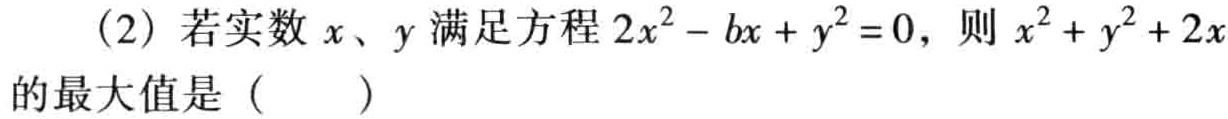
(2) 若实数 \(x\)、\(y\) 满足方程 \(2x^{2}-bx + y^{2}=0\)，则 \(x^{2}+y^{2}+2x\) 的最大值是（  ）